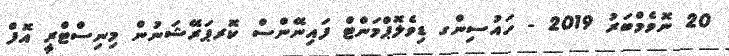
20 ނޮވެމްބަރު 2019 - ހައުސިންގ ޑިވެލޮޕްމަންޓް ފައިނޭންސް ކޮރޕަރޭޝަނުން މިނިސްޓްރީ އޮފް